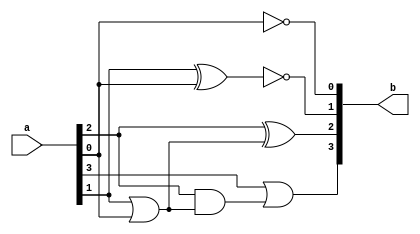
module bcd_to_excess_3(b, a);
	input [3:0] a;
	output [3:0] b;
	wire p, q;
	assign b[0] = ~a[0];
	xnor(b[1], a[1], a[0]);
	or(p, a[1], a[0]);
	xor(b[2], a[2], p);
	and(q, a[2], p);
	or(b[3], a[3], q);
endmodule

module bcd_stimulus;
	reg [3:0] a;
	wire [3:0] b;
	bcd_to_excess_3 bcd1(b, a);
	initial
	begin
	    a = 4'b0000;
	#50 a = 4'b0001;
	#50 a = 4'b0010;
	#50 a = 4'b0011;
	#50 a = 4'b0100;
	#50 a = 4'b0101;
	#50 a = 4'b0110;
	#50 a = 4'b0111;
	#50 a = 4'b1000;
	#50 a = 4'b1001;
	#200 $finish;
	end
endmodule